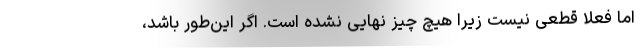
اما فعلاً قطعی نیست زیرا هیچ چیز نهایی نشده است. اگر این‌طور باشد،